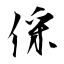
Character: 倸